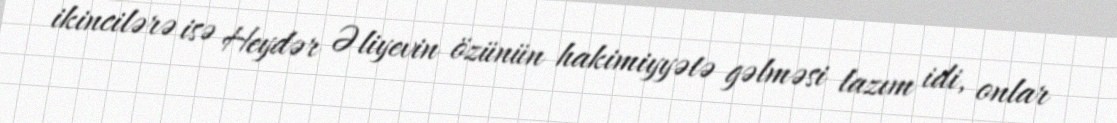
ikincilərə isə Heydər Əliyevin özünün hakimiyyətə gəlməsi lazım idi, onlar